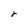
Character: r